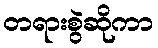
တရားစွဲဆိုကာ